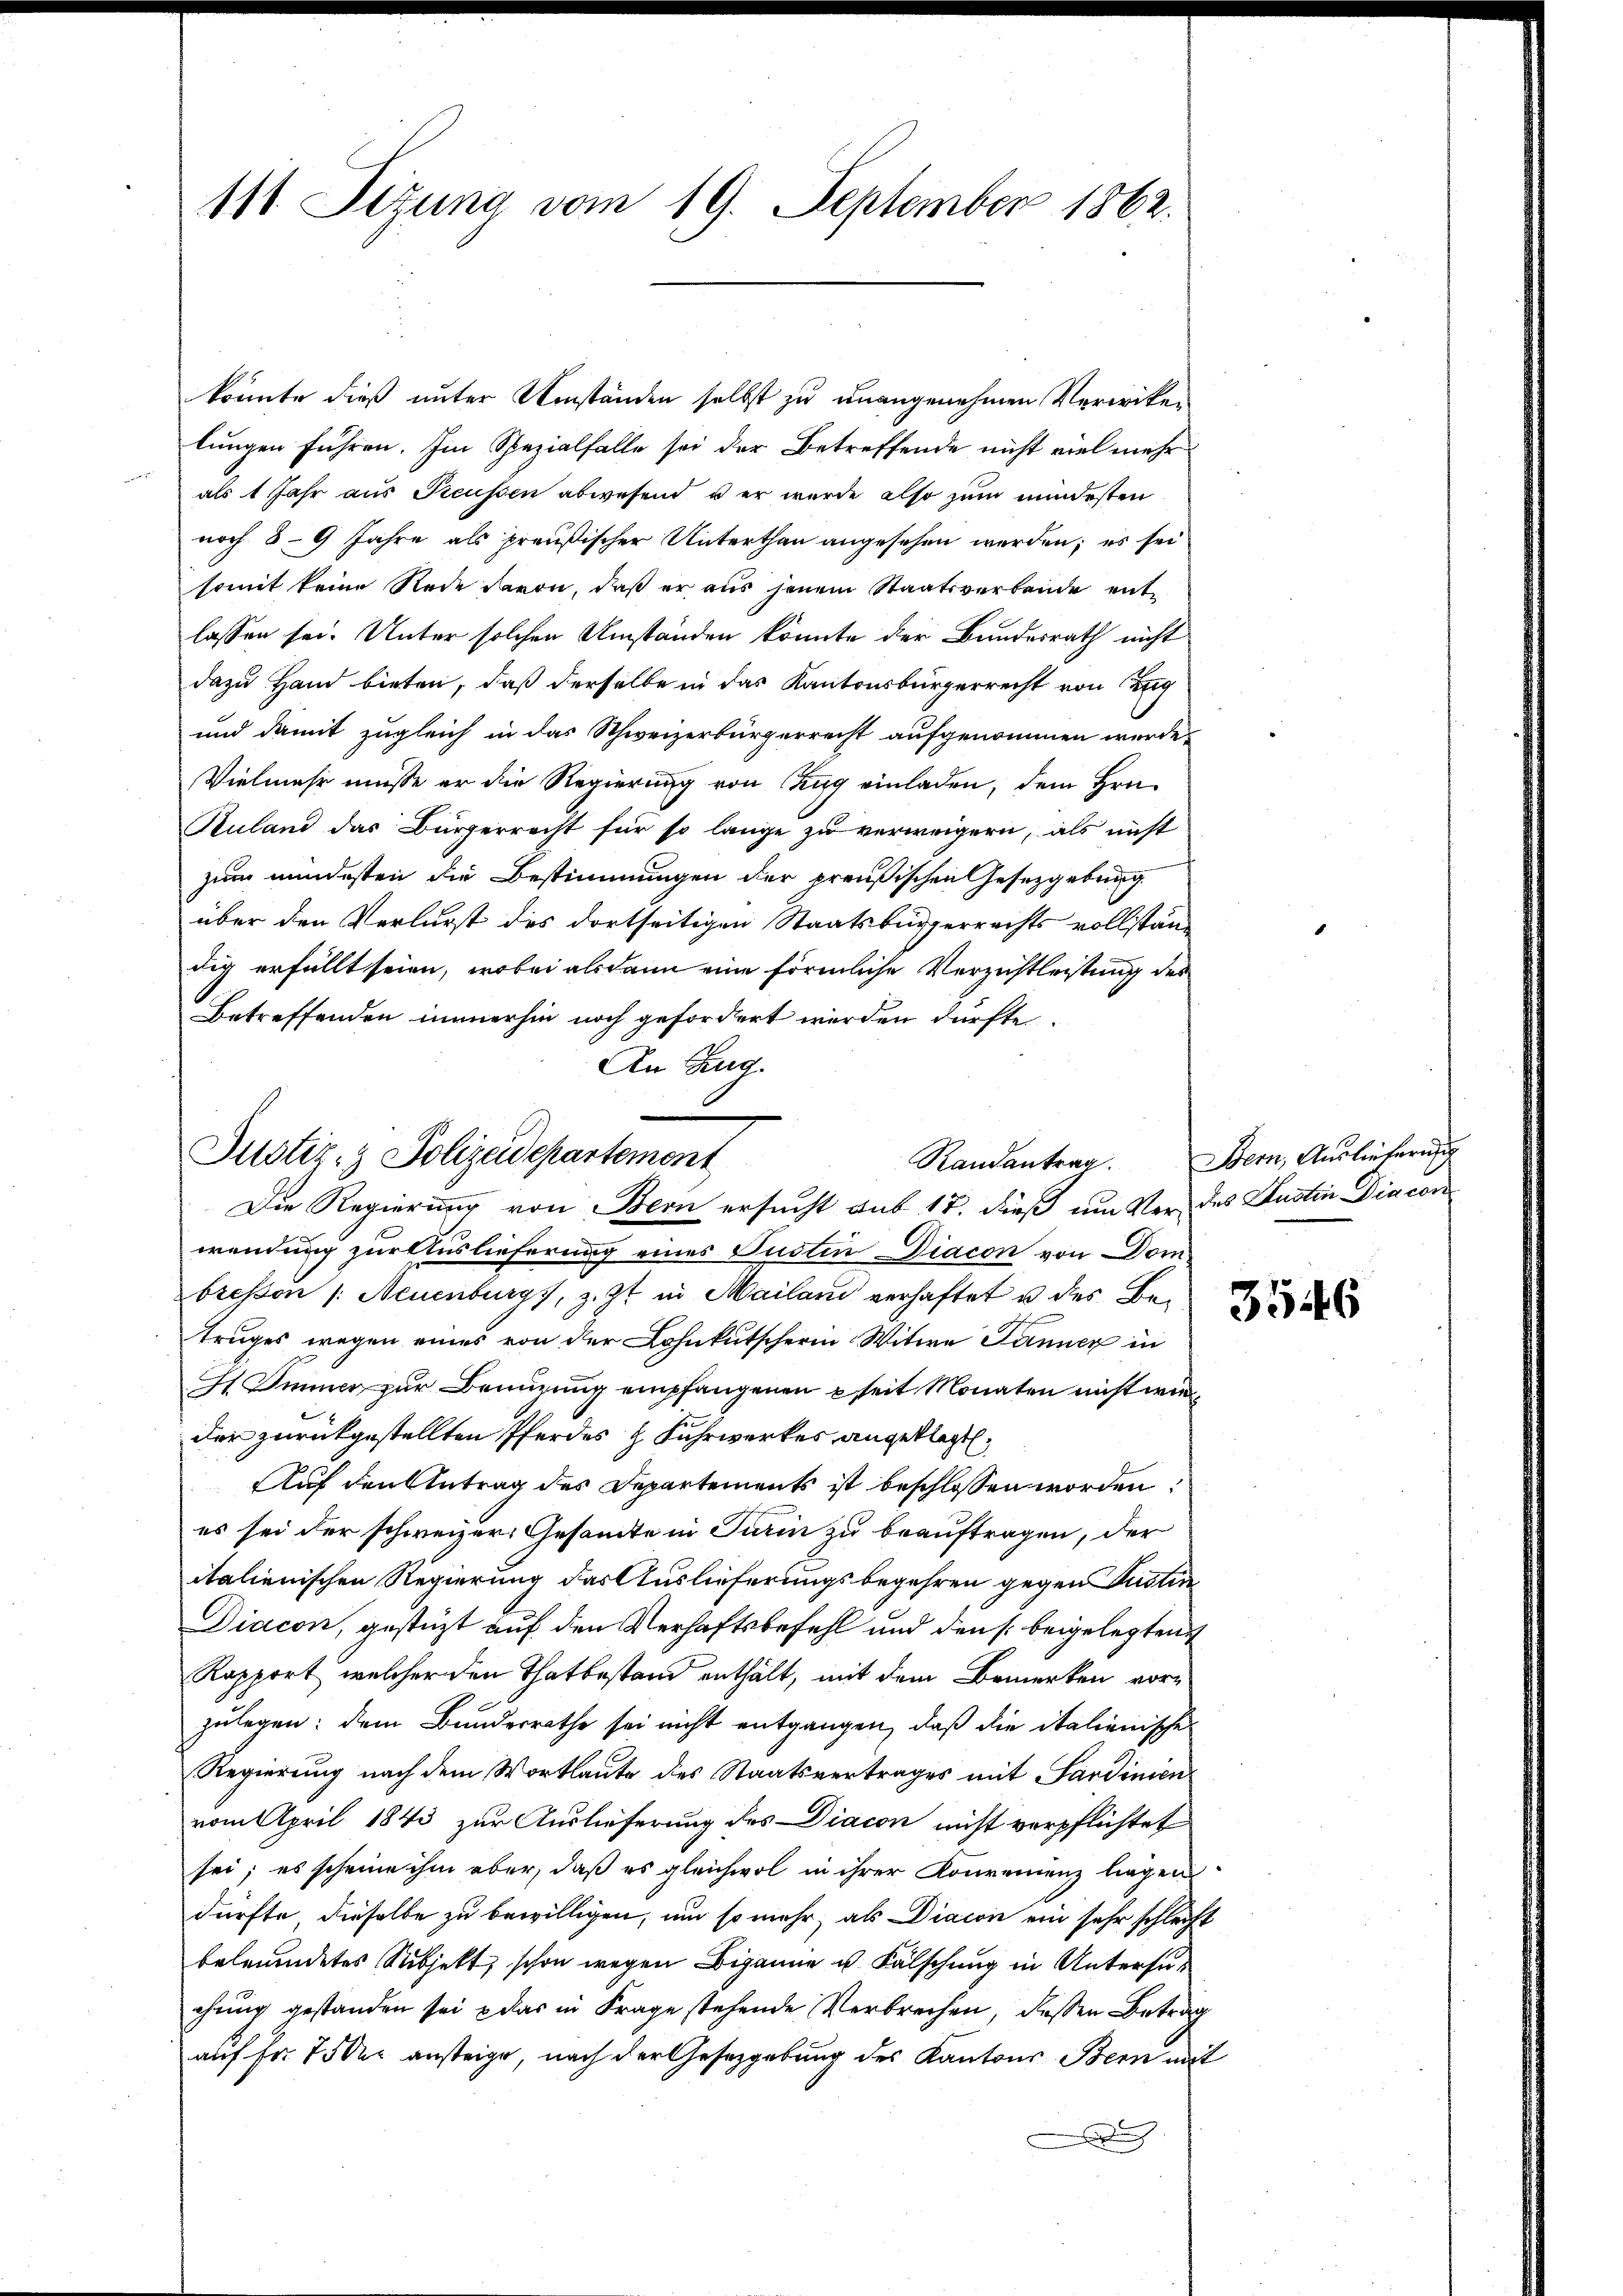
111 Sizung vom 19. September 1862.

könnte dieß unter Umständen selbst zu unangenehmen Verwikelungen führen. Im Spezialfalle sei der Betreffende nicht viel mehr
als 1 Jahr aus Preussen abwesend u er wurde also zum mindesten
noch 8 - 9 Jahre als preußischer Unterthan angesehen werden; es sei
somit keine Rede davon, daß er aus jenem Staatsverbande entlassen sei. Unter solchen Umständen könnte der Bundesrath nicht
dazu Hand bieten, daß derselbe in das Kantonsbürgerrecht von Zug
und damit zugleich in das Schweizerbürgerrecht aufgenommen werde.
Vielmehr müsse er die Regierung von Zug einladen, dem Hrn.
Ruland das Bürgerrecht für so lange zu verweigern, als nicht
zum mindesten die Bestimmungen der preußischen Gesetzgebung
über den Verlurst des dortseitigen Staatsbürgerrechts vollstän-
dig erfällt seien, wobei alsdann eine förmliche Verzichtleistung des
Betreffenden immerhin noch gefordert werden dürfte.
wendung zur Auslieferung eines Justin Diacon von Dom
bressen /: Neuenburg, z. Zt. in Mailari verhaftet u des Betruges wegen eines von der Lohnkutscherin Witwe Jänner in
t Immer zur Benuzung empfangenen seit Monaten nicht wie
der zurückgestellten Pferdes H. Fuhrwerkes angeklagt.
Auf den Antrag des Departements ist beschlossen worden:
es sei der schweizer Gesamte in Turin zu beauftragen, der
italienischen Regierung das Auslieferungsbegehren gegen Justi
Diacon, gestüzt auf den Verhaftsbefehl und den s. beigelegten
Rapport, welcher den Thatbestand enthält, mit dem Bemerken vor-
zulegen: dem Bundesrathe sei nicht entgangen, daß die italienische
Regierung nach dem Wortlaute des Staatsvertrages mit Sardinien
vom April 1843 zur Auslieferung des Diacon nicht verpflichtet
sei; es scheine ihm aber, daß es gleichwol in ihrer Konvenienz liegen
dürfte dieselbe zu bewilligen, um so mehr, als Diacon ein sehr schleift
beleumdetes Subjekt, schon wegen Beganne u. Fälschung in Untersuchung gestanden sei u das in Frage stehende Verbrechen, dessen Betrag
auf Fr. 75 der ansteige, nach der Gesetzgebung des Kantons Bern mit
e

An Zug.
Justiz- & Polizeidepartement
Randantrag.
Die Regierung von Bern ersucht aus 18. dieß um Ver- des Justin Diacon

Stern, Auslicherung

3546